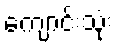
ကျောင်းသုံး